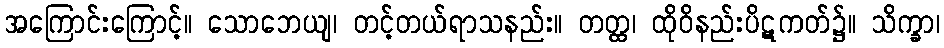
အကြောင်းကြောင့်။ သောဘေယျ၊ တင့်တယ်ရာသနည်း။ တတ္ထ၊ ထိုဝိနည်းပိဋကတ်၌။ သိက္ခာ၊